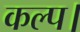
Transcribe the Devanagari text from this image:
कल्प।